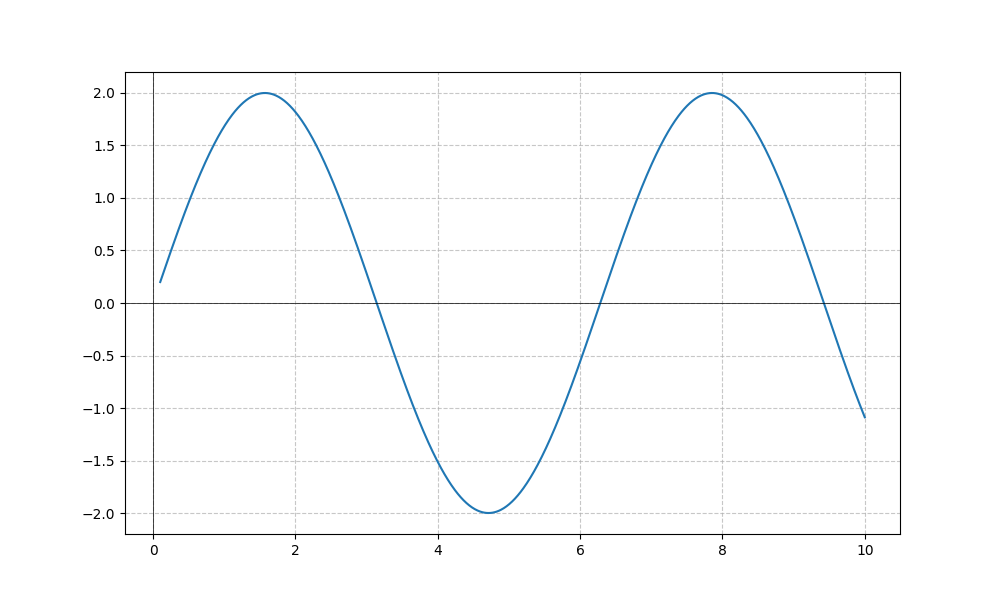
LaTeX formula: 2 \sin{\left(x \right)}